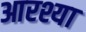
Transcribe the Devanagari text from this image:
आरश्या